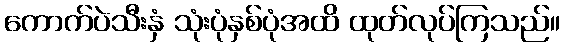
ကောက်ပဲသီးနှံ သုံးပုံနှစ်ပုံအထိ ထုတ်လုပ်ကြသည်။